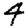
Digit: 4